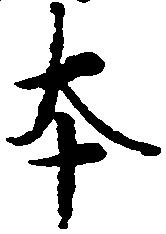
本